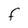
Character: F